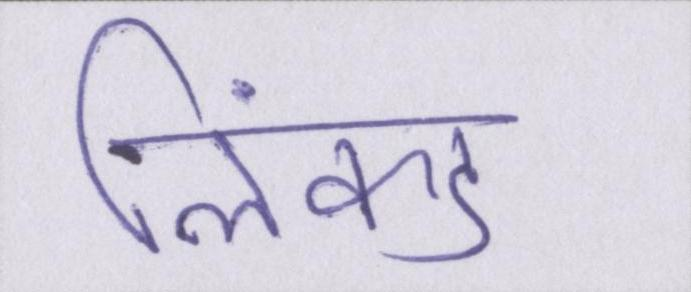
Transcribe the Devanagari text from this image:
लिंक्ड